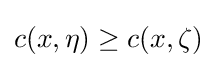
c(x,\eta )\geq c(x,\zeta )